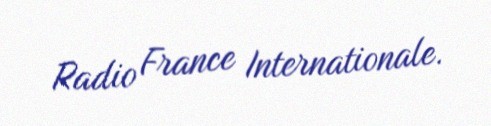
Radio France Internationale.